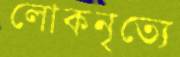
লোকনৃত্যে